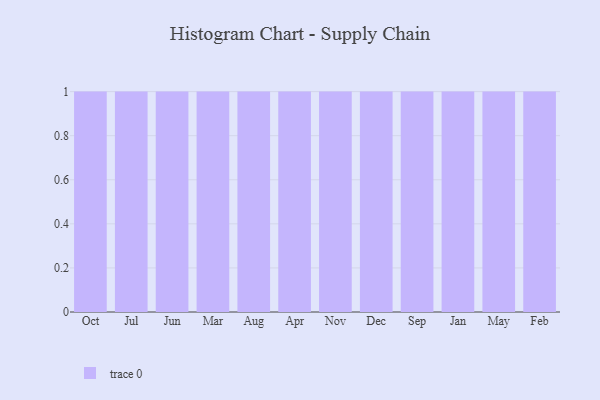
{"axis": {"x": "Month", "y": "Market Share (%)"}, "legend": [""], "data": [{"x": "Oct", "y": 23, "type": ""}, {"x": "Jul", "y": 31, "type": ""}, {"x": "Jun", "y": 11, "type": ""}, {"x": "Mar", "y": 62, "type": ""}, {"x": "Aug", "y": 59, "type": ""}, {"x": "Apr", "y": 97, "type": ""}, {"x": "Nov", "y": 18, "type": ""}, {"x": "Dec", "y": 94, "type": ""}, {"x": "Sep", "y": 37, "type": ""}, {"x": "Jan", "y": 29, "type": ""}, {"x": "May", "y": 32, "type": ""}, {"x": "Feb", "y": 86, "type": ""}]}